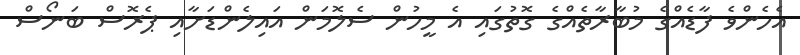
އެހެންވެ ފާޑެއްގެ މުބާރާތެއްގެ ގޮތުގައި އެ މީހުން ސެލޮމަން އައިލެންޑަށާއި ޕެރޮސް ބަނޯސް